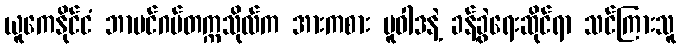
ယူကေနိုင်ငံ ဘာမင်ဂမ်တက္ကသိုလ်က အားကစား မူဝါဒနဲ့ ခန့်ခွဲရေးဆိုင်ရာ သင်ကြားသူ